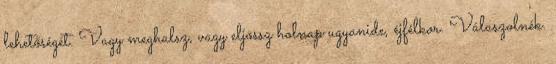
lehetőségét. Vagy meghalsz, vagy eljössz holnap ugyanide, éjfélkor. Válaszolnék.